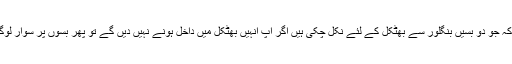
انہوں نے سوال کیا کہ جو دو بسیں بنگلور سے بھٹکل کے لئے نکل چکی ہیں اگر آپ انہیں بھٹکل میں داخل ہونے نہیں دیں گے تو پھر بسوں پر سوار لوگ کہاں جائیں گے ؟